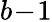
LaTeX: b\! -\! 1